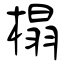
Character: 榻